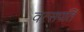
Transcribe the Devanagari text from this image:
वत्सपतिं